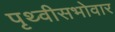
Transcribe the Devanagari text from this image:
पृथ्वीसभोवार